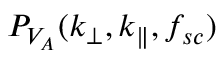
P _ { V _ { A } } ( k _ { \perp } , k _ { \parallel } , f _ { s c } )